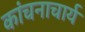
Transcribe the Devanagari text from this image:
कांचनाचार्य